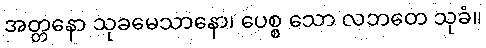
အတ္တနော သုခမေသာနော၊ ပေစ္စ သော လဘတေ သုခံ။